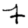
Digit: 7